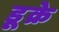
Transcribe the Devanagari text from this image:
डूक्रे